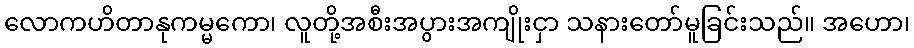
လောကဟိတာနုကမ္မကော၊ လူတို့အစီးအပွားအကျိုးငှာ သနားတော်မူခြင်းသည်။ အဟော၊